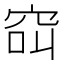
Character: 䆗